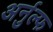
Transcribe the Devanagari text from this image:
अर्नुल्फ